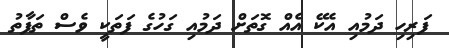
ފަރިހި ދަމުއި އެކޭ އެއް ގޮތަށް ދަމުއި ގަހުގެ ފަތަކީ ވެސް ތަފާތު